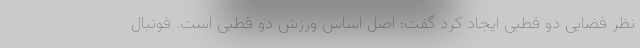
نظر فضایی دو قطبی ایجاد کرد گفت: اصل اساس ورزش دو قطبی است. فوتبال